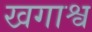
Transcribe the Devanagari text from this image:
खगाश्व